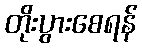
တိုးပွားစေရန်